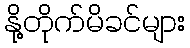
နို့တိုက်မိခင်များ